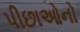
પીછાઓનો